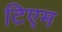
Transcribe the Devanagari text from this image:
टिएम